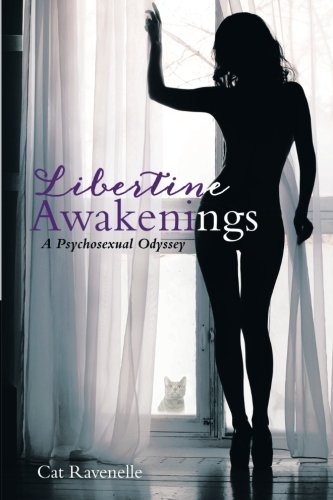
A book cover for Libertine Awakenings: A Psychosexual Odyssey; Cat Ravenelle; Romance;